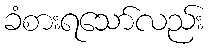
ခံစားရသော်လည်း